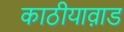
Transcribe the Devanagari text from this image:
काठीयाव़ाड